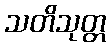
သတိသုတ္တ